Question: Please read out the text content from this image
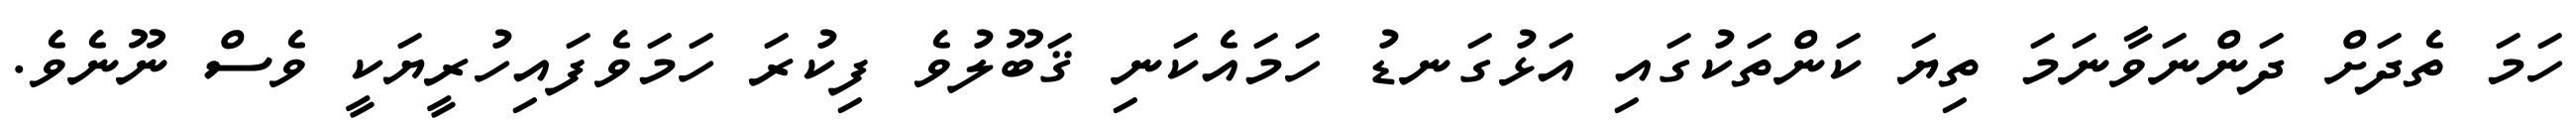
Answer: ހަމަ ތެދަށް ދަންނަވާނަމަ ތިޔަ ކަންތަކުގައި އަޅުގަނޑު ހަމައެކަނި ޤަބޫލުވެ ފިކުރަ ހަމަވެފައިހުރީޔަކީ ވެސް ނޫނެވެ.